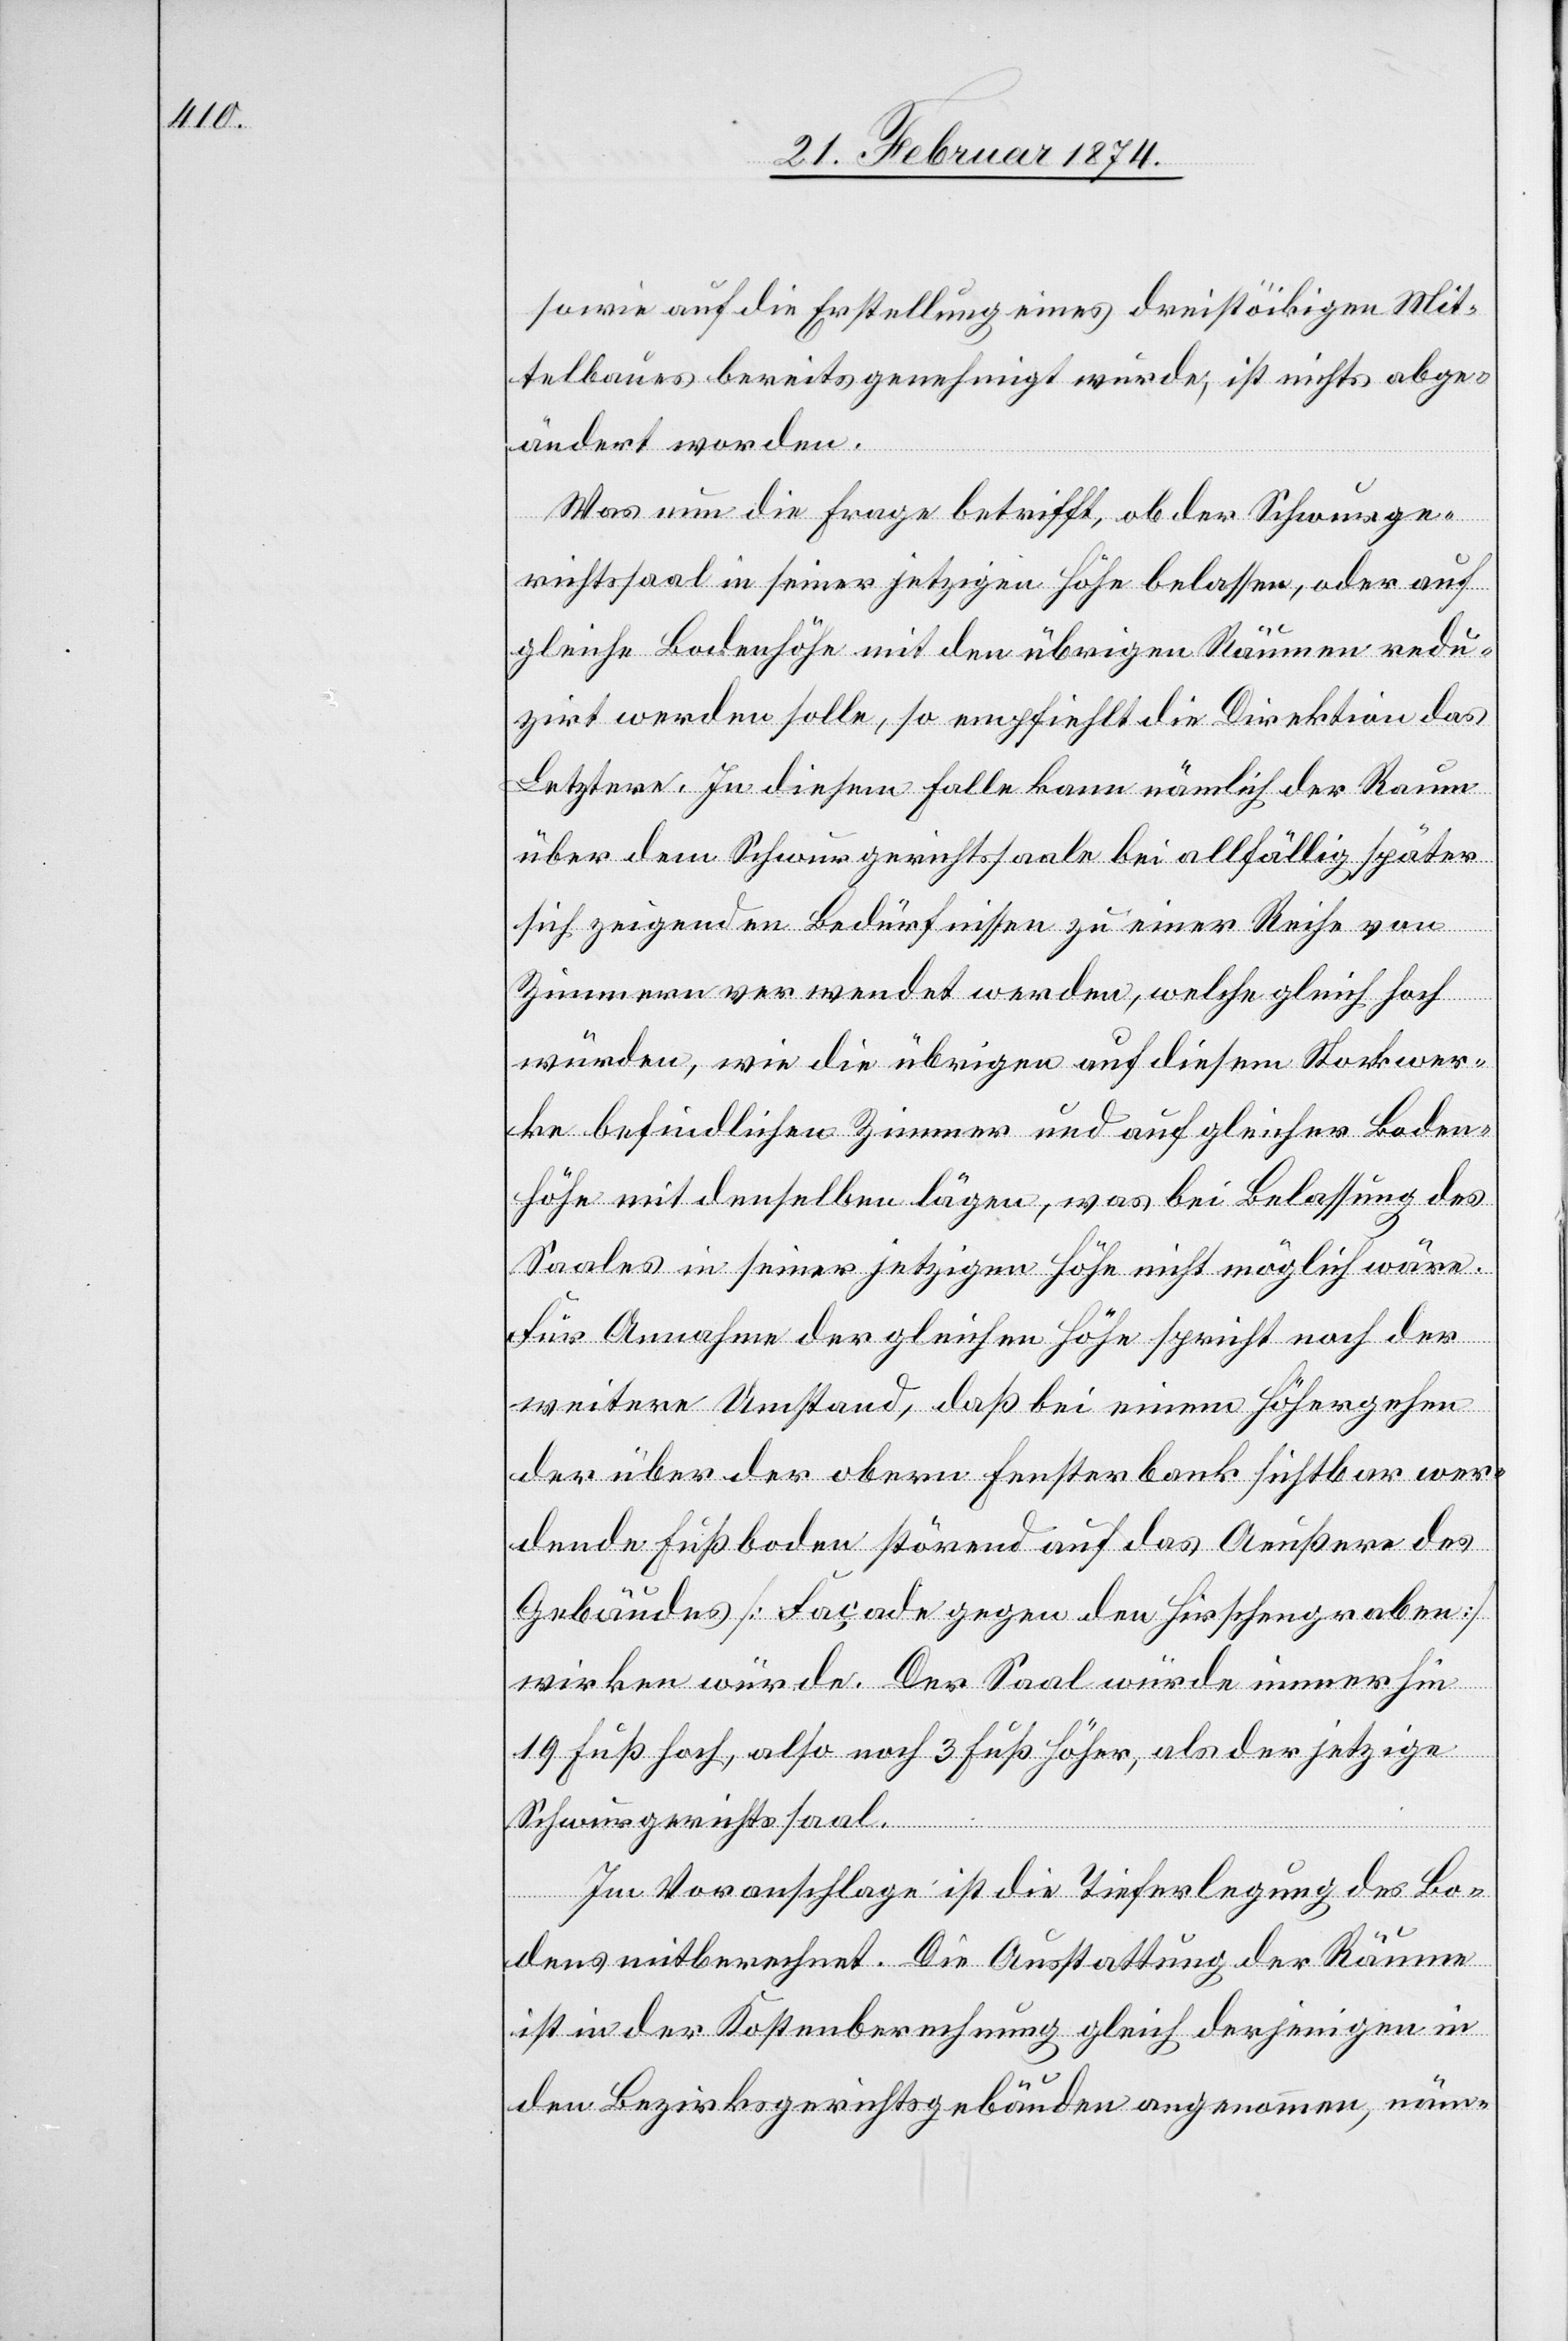
sowie auf die Erstellung eines dreistöckigen Mit¬
telbaues bereits genehmigt wurde, ist nichts abge¬
ändert worden.
Was nun die Frage betrifft, ob der Schwurge¬
richtssaal in seiner jetzigen Höhe belassen, oder auf
gleiche Bodenhöhe mit den übrigen Räumen redu¬
zirt werden solle, so empfiehlt die Direktion das
Letztere. In diesem Falle kann nämlich der Raum
über dem Schwurgerichtssaale bei allfällig später
sich zeigenden Bedürfnissen zu einer Reihe von
Zimmern verwendet werden, welche gleich hoch
würden, wie die übrigen auf diesem Stockwer¬
ke befindlichen Zimmer und auf gleicher Boden¬
höhe mit denselben lägen, was bei Belassung des
Saales in seiner jetzigen Höhe nicht möglich wäre.
Für Annahme der gleichen Höhe spricht noch der
weitere Umstand, daß bei einem Höhergehen
der über der obern Fensterbank sichtbar wer¬
dende Fußboden störend auf das Aeußere des
Gebäudes [Façade gegen den Hirschengraben]
wirken würde. Der Saal würde immerhin
19 Fuß hoch, also noch 3 Fuß höher, als der jetzige
Schwurgerichtssaal.
Im Voranschlage ist die Tieferlegung des Bo¬
dens mitberechnet. Die Ausstattung der Räume
ist in der Kostenberechnung gleich derjenigen in
den Bezirksgerichtsgebäuden angenommen, näm-